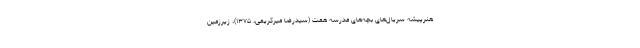
هنرپیشه سریال‌های بچه‌های مدرسه همت (سیدرضا میرکریمی، ۱۳۷۵)، زیرزمین